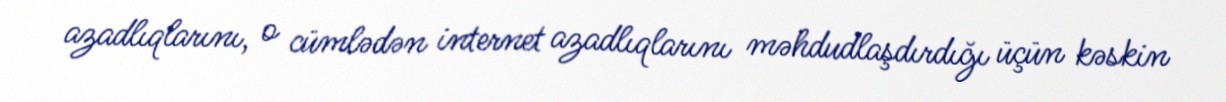
azadlıqlarını, o cümlədən internet azadlıqlarını məhdudlaşdırdığı üçün kəskin